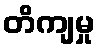
တိကျမှု